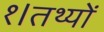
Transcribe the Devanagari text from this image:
१।तथ्यों